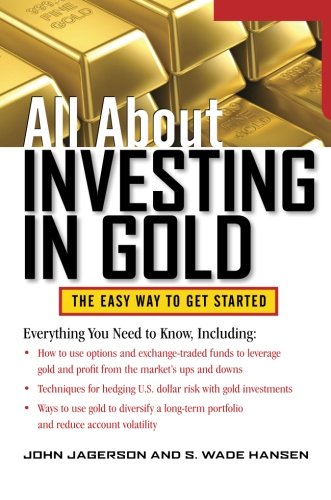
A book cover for All About Investing in Gold (All About Series); John Jagerson; Business & Money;